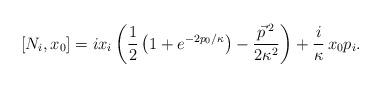
\begin{align*} [N_i, x_0] = i x_i \left(\frac12 \left(1+e^{-2p_0/\kappa}\right) -\frac{\vec{p}\,{}^2}{2\kappa^2}\right) + \frac{i}\kappa\,x_0 p_i.\end{align*}